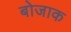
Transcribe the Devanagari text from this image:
बोजाक